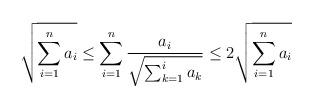
LaTeX: \begin{align*} \sqrt{ \sum_{i=1}^{n} a_i } \leq \sum_{i=1}^{n} \frac{a_i}{ \sqrt{ \sum_{k=1}^{i} a_k } } \leq 2 \sqrt{ \sum_{i=1}^{n} a_i } \end{align*}